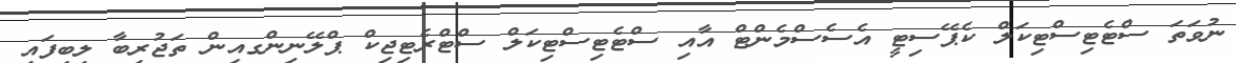
ނުވަތަ ސްޓެޓިސްޓިކަލް ކެޕޭސިޓީ އެސެސްމެންޓް އާއި ސްޓެޓިސްޓިކަލް ސްޓްރެޓިޖިކް ޕްލޭނިންގއިން ތަޖުރިބާ ލިބިފައި